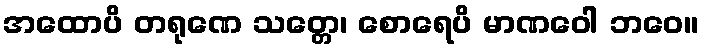
အထောပိ တရုဏေ သတ္တေ၊ စောရေပိ မာဏဝေါ ဘဝေ။